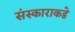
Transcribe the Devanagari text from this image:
संस्काराकडे